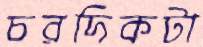
চরদিকটা